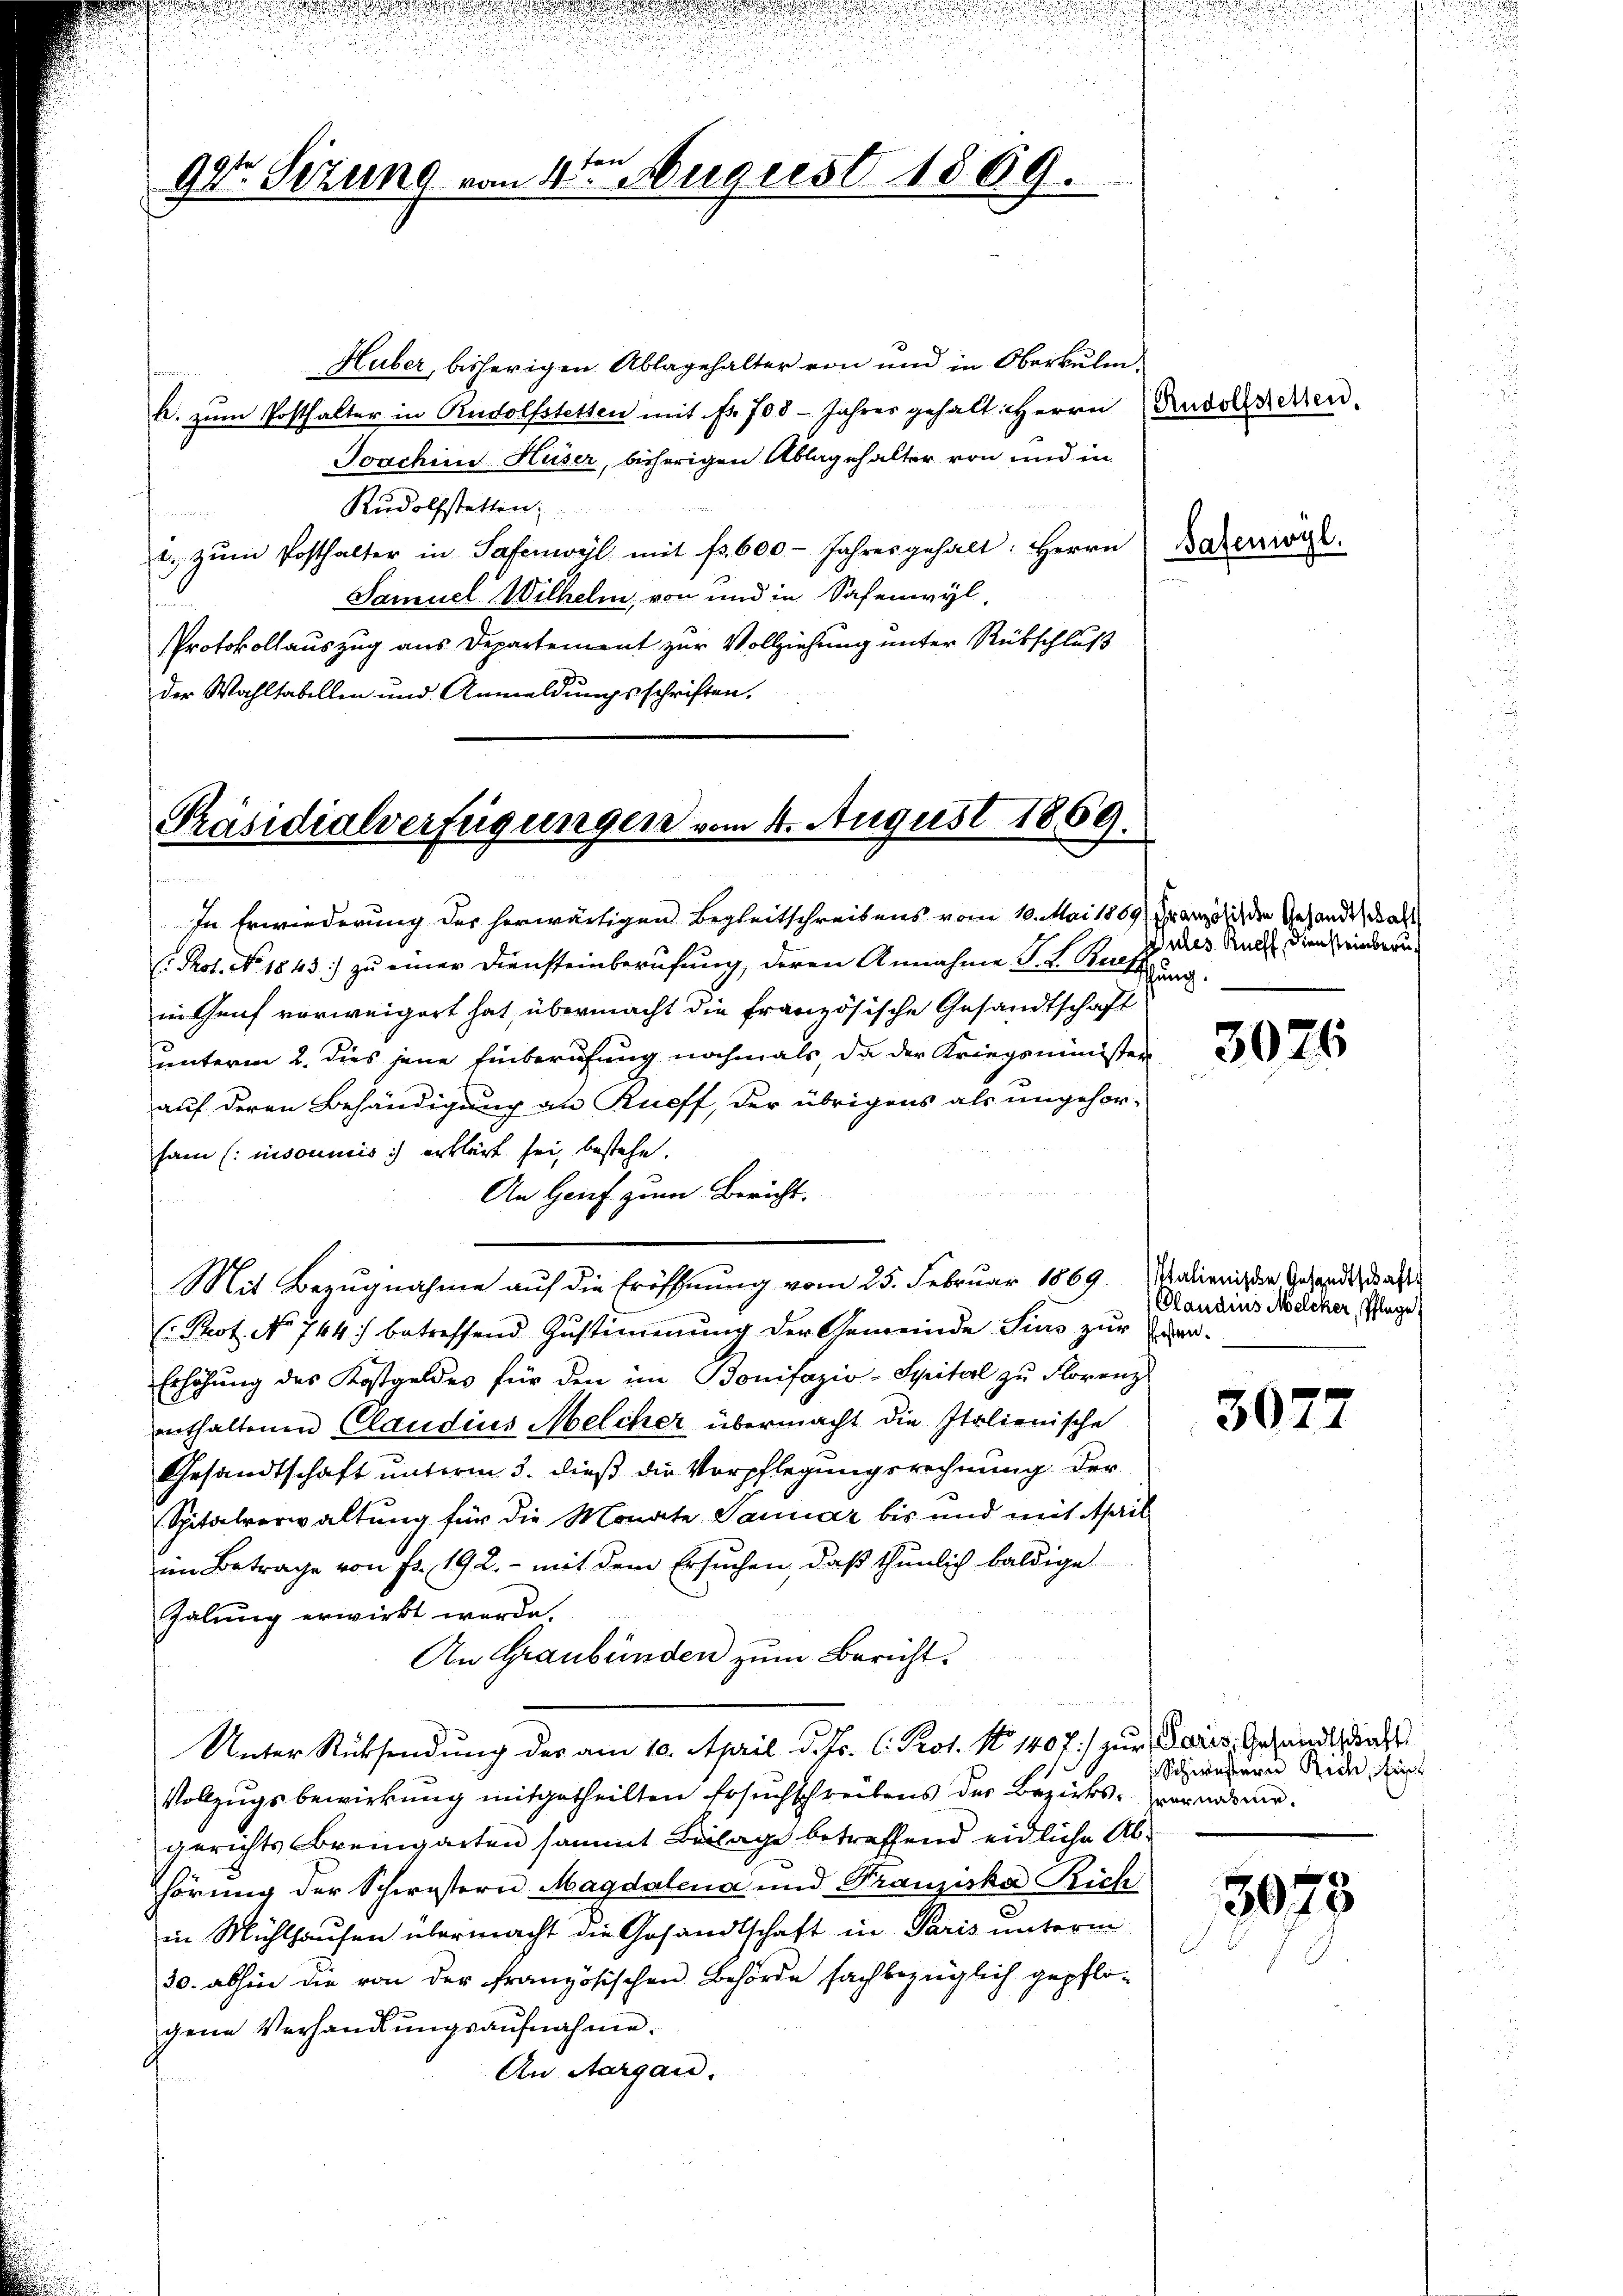
fen
98. Sizung vom 4. August 1869.

Huber, bisherigen Ablagehalter von und in Oberkuli.
h. zum Posthalter in Rudolfstetten mit Nr. 708- Jahres gehalt: Herrn
Joachine Huser, bisherigen Ablagehalter von und in
Rudolfstatten;
t. zŭm Posthalter in Safenwyl mit fr. 600 Jahres gehalt: Herrn
Samuel Wilhelm von und in Safenwyl,
PProtokollauszug aus Departement zur Vollziehung unter Rückschluß
der Wahltabellen und Anmeldungsschriften.

Präsidialverfügungen vom 4. August 1869.
cimus mein

In Erwiederung des herwärtigen Begleitschreibens vom 10. Mai 1869), Französich den Gesandtschaft
C. Prof. No 1843:) zu einer Diensteinberufung, deren Annahme S. K. Rath ung
in Genf vorweigert hat, übermacht die französische Gesandtschaft
unterm 2. dies jene Einberufung nochmals, da der Kriegsminister
auf deren Behändigung an Rueff, der übrigens als ungehörsam insoumis erklärt sei, bestehe.
An Hauf zum Bericht.
Mit Bezugnahme auf die Eröffnung vom 25. Februar 1869. Galienis die Gesandt, daß
(Pot. No 744) betreffend Zŭstimmung der Gemeinde Sims zŭr
Erhöhŭng des Kostgelder für den im Bonifazio-Spitel zŭ Florenz
enthaltenen Claudius Melcher übermacht die Italienische
Gesandtschaft unterm 3. dieß die Verpflegungsrechnung der
Spitalverwaltung für die Monate Januar bis und mit April
im Betrage von Fr. 192. - mit dem Ersuchen, daß thunlich baldige
Galung erwirkt werde.
An Graubünden zum Bericht.
Unter Rücksendung der am 10. April d. Js. C. Prot. No 140 f.) zur Paris, Gesandt, daf
Vollzugsbewirkung mitgetheilten Ersuchschreibens der Bezirks- war und dergerichts Bremgarten sammt Beilage betreffend eidliche Abhörung der Schwestern Magdalena und Franziska Rich
in Mühlhausen übermacht die Gesandtschaft in Paris unterm
30. abhin die von der französischen Behörde sachbezüglich gepflo-
gene Verhandlungsaufnahme.
An Aargau.

Rudolfstetten.

Safenwyl.

Aules. Rueff, Diensteinberu¬

3076

Olaudius Melcker, Pflege
Pfosten.

3077

Schwisteren Reich, fü

5075